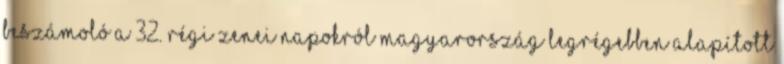
beszámoló a 32. Régi Zenei Napokról Magyarország legrégebben alapított